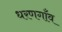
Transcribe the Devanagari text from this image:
धरणगाँव